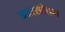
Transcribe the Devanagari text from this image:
अक्षरसंवेदना